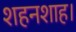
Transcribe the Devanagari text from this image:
शहनशाह।